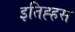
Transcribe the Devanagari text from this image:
इतिह्हस